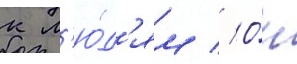
к л'ю́д'ям // О́н